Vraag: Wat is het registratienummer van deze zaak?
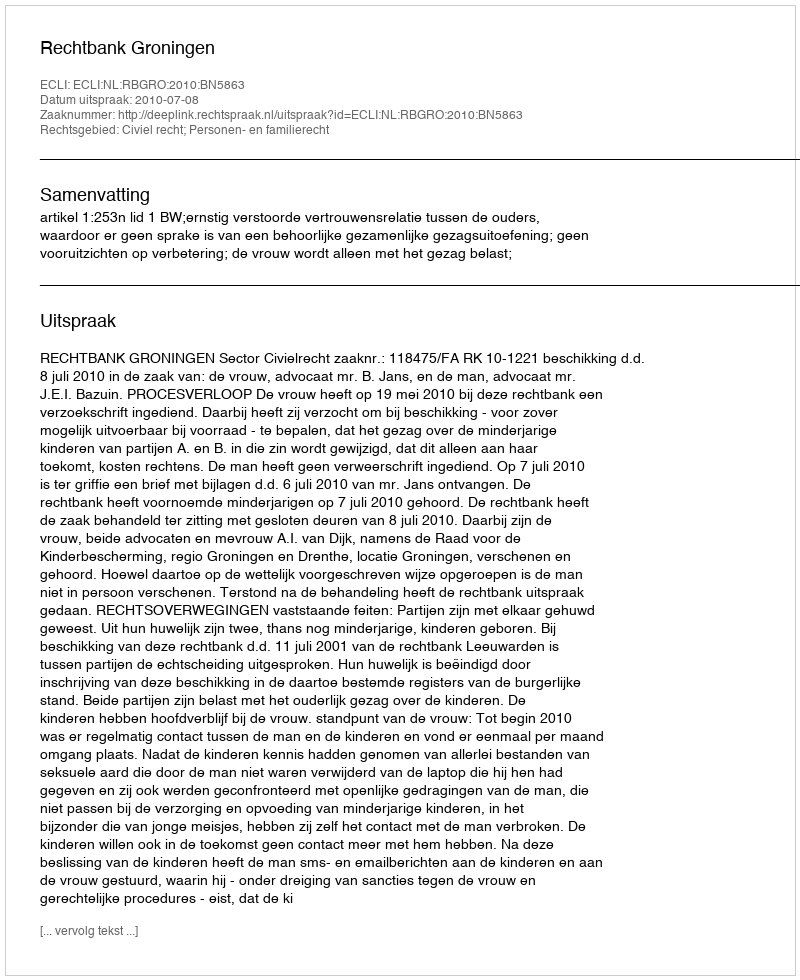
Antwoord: http://deeplink.rechtspraak.nl/uitspraak?id=ECLI:NL:RBGRO:2010:BN5863